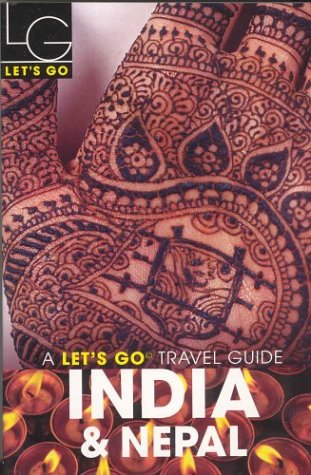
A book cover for Let's Go India & Nepal 8th Ed; Let's Go Inc.; Travel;